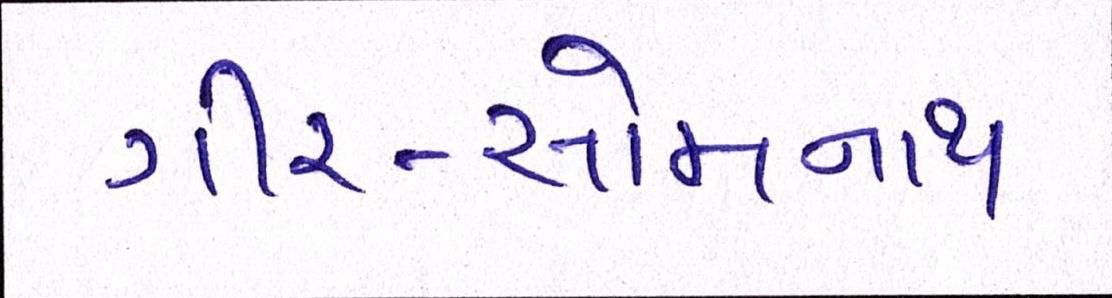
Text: ગીર-સોમનાથ